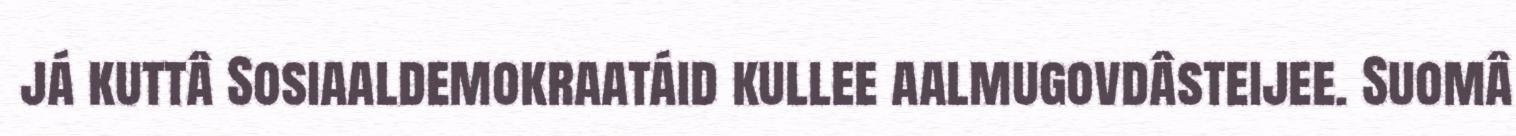
já kuttâ Sosiaaldemokraatáid kullee aalmugovdâsteijee. Suomâ